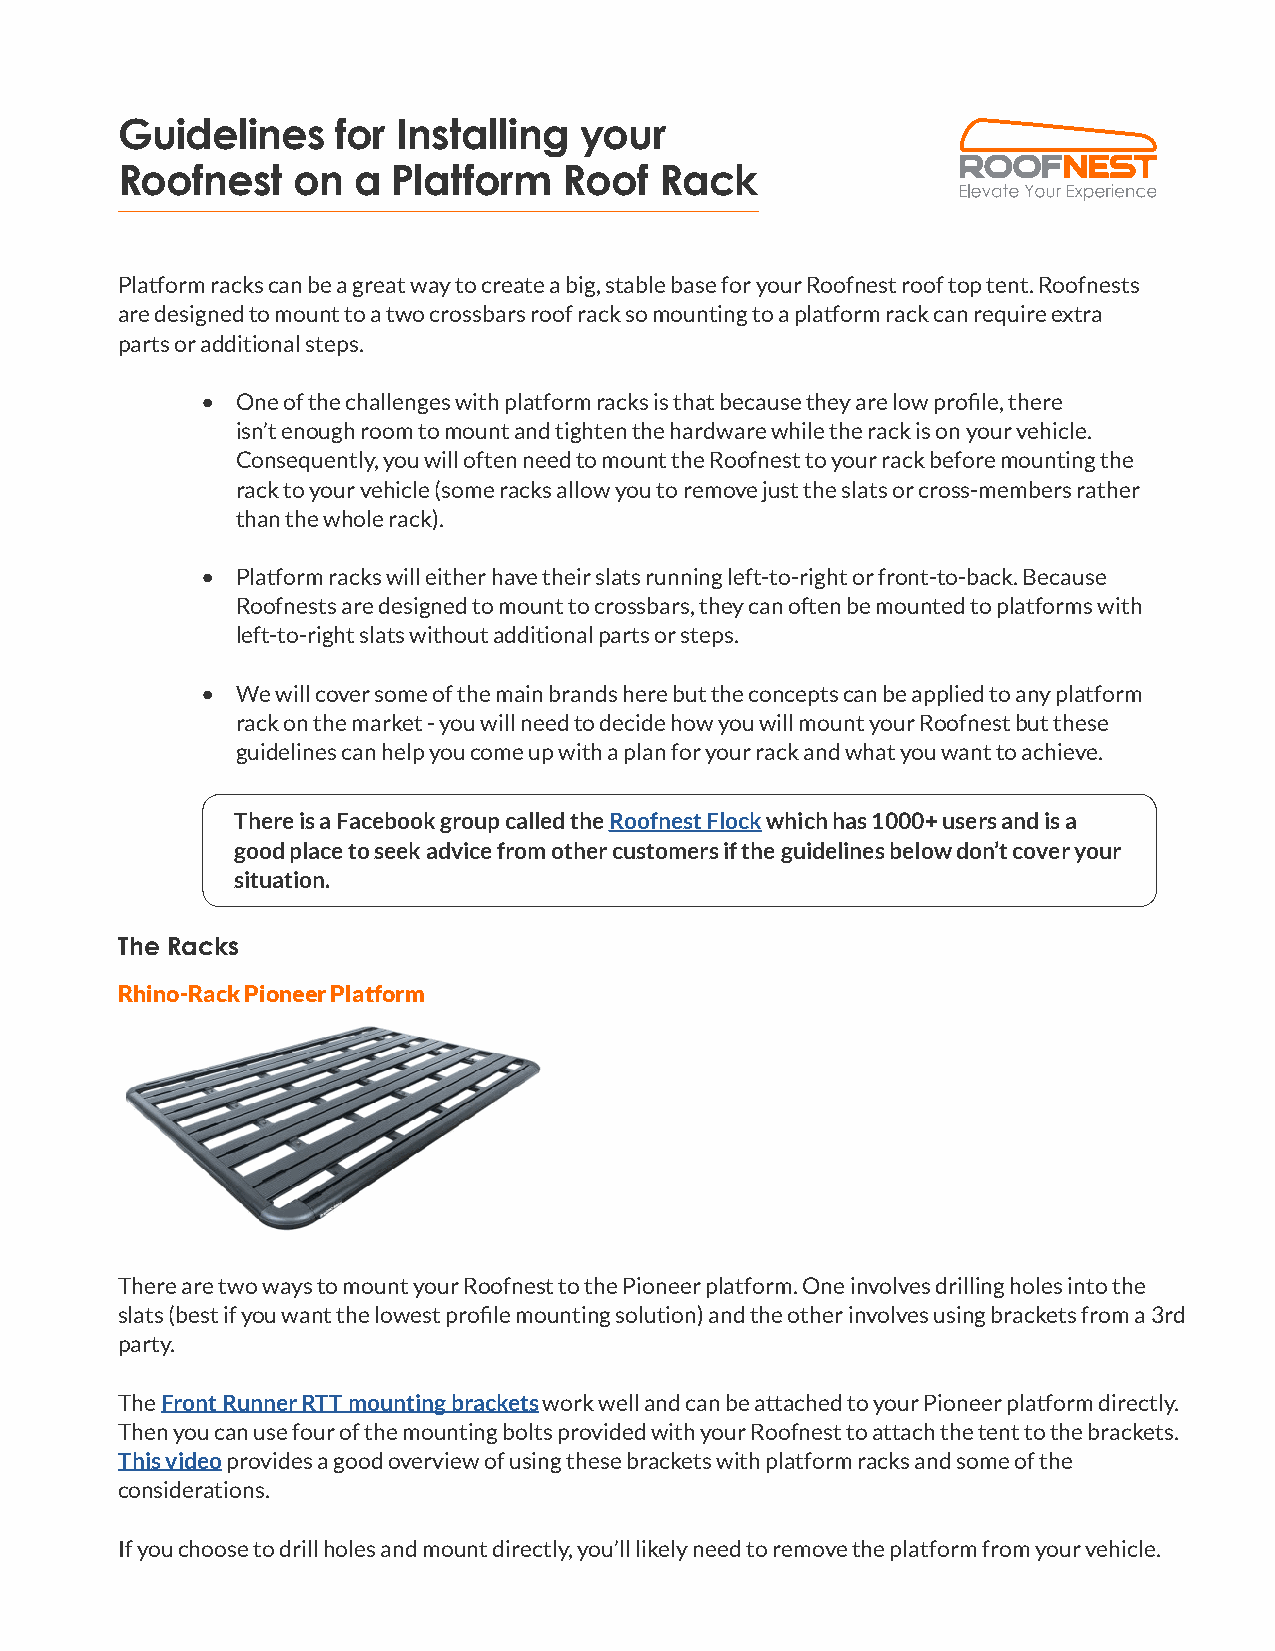
Guidelines    for Installing  your
 Roofnest   on  a  Platform   Roof   Rack
 Platform racks can be a great way to create a big, stable base for your Roofnest roof top tent. Roofnests
 are designed to mount to a two crossbars roof rack so mounting to a platform rack can require extra
 parts or additional steps.
 •  One of the challenges with platform racks is that because they are low profile, there
 isn’t enough room to mount and tighten the hardware while the rack is on your vehicle.
 Consequently, you will often need to mount the Roofnest to your rack before mounting the
 rack to your vehicle (some racks allow you to remove just the slats or cross-members rather
 than the whole rack).
 •  Platform racks will either have their slats running left-to-right or front-to-back. Because
 Roofnests are designed to mount to crossbars, they can often be mounted to platforms with
 left-to-right slats without additional parts or steps.
 •  We will cover some of the main brands here but the concepts can be applied to any platform
 rack on the market - you will need to decide how you will mount your Roofnest but these
 guidelines can help you come up with a plan for your rack and what you want to achieve.
 There is a Facebook group called the Roofnest Flock which has 1000+ users and is a
 good place to seek advice from other customers if the guidelines below don’t cover your
 situation.
 The Racks
 Rhino-Rack Pioneer Platform
 There are two ways to mount your Roofnest to the Pioneer platform. One involves drilling holes into the
 slats (best if you want the lowest profile mounting solution) and the other involves using brackets from a 3rd
 party.
 The Front Runner RTT mounting brackets work well and can be attached to your Pioneer platform directly.
 Then you can use four of the mounting bolts provided with your Roofnest to attach the tent to the brackets.
 This video provides a good overview of using these brackets with platform racks and some of the
 considerations.
 If you choose to drill holes and mount directly, you’ll likely need to remove the platform from your vehicle.